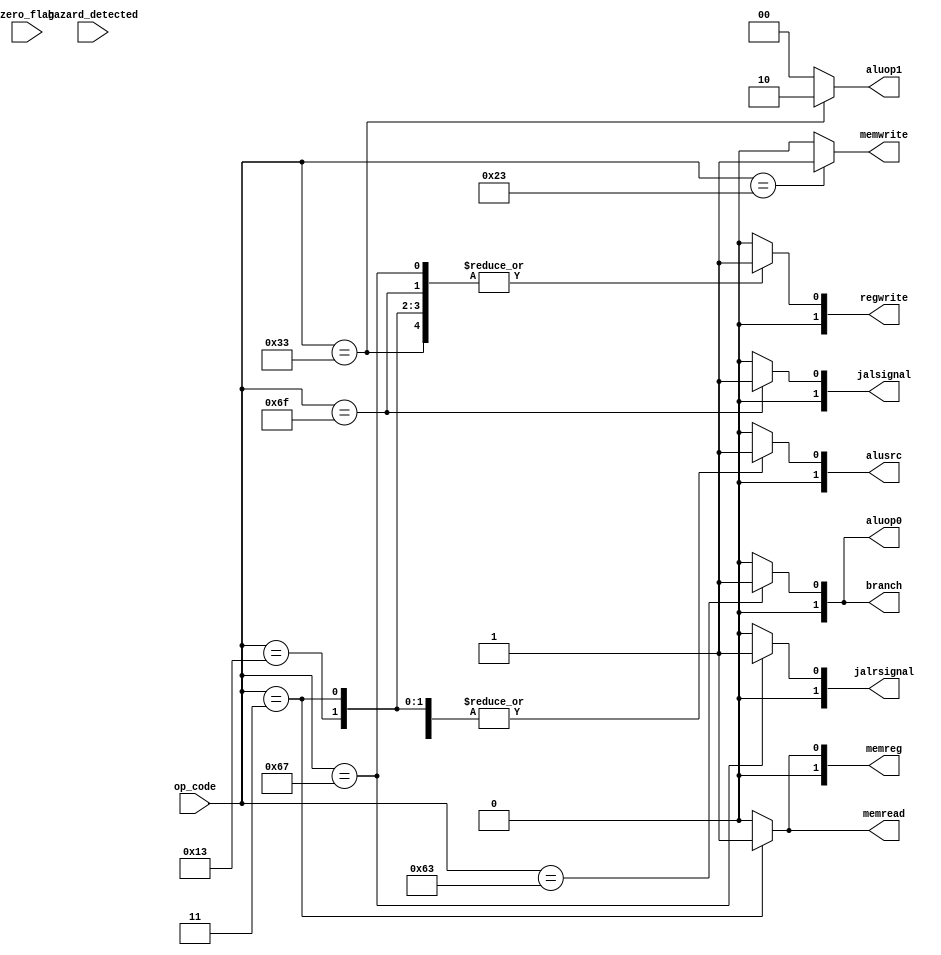
module control(

input [6:0] op_code, 
output reg [1:0] branch,
output reg  memread,
output reg [1:0] memreg,
output reg [1:0] aluop1,
output reg [1:0] aluop0,
output reg  memwrite,
output reg [1:0] alusrc,
output reg [1:0] regwrite,
output reg [1:0] jalsignal,
output reg [1:0] jalrsignal,
input hazard_detected,
input [1:0] zero_flag
);

always @(*) begin

//	if (jalsignal_out  == 1 | jalrsignal_out  == 1 | branch_out & zero_flag == 1) begin
	
//		branch = 2'b00;
//		memread = 2'b00;
//		memreg = 2'b00;
//		aluop1 = 2'b00;
//		aluop0 = 2'b00;
//		memwrite = 2'b00;
//		alusrc = 2'b00;
//		regwrite = 2'b00;
//		jalsignal = 2'b00;
////		jalrsignal = 2'b00;		
	
//	end else begin

	case (op_code) 
	
	7'b0110011: begin  //R-type
	
		branch = 2'b00;
		memread = 2'b00;
		memreg = 2'b00;
		aluop1 = 2'b10;
		aluop0 = 2'b00;
		memwrite = 2'b00;
		alusrc = 2'b00;
		regwrite = 2'b01;
		jalsignal = 2'b00;
		jalrsignal = 2'b00;
	
	
	end 
	
	7'b0010011: begin  //I-type

		branch = 2'b00;
		memread = 2'b00;
		memreg = 2'b00;
		aluop1 = 2'b00;
		aluop0 = 2'b00;
		memwrite = 2'b00;
		alusrc = 2'b01;
		regwrite = 2'b01;
		jalsignal = 2'b00;
		jalrsignal = 2'b00;
	
	end
	
	
	7'b0000011: begin //ld

		branch = 2'b00;
		memread = 2'b01;
		memreg = 2'b01;
		aluop1 = 2'b00;
		aluop0 = 2'b00;
		memwrite = 2'b00;
		alusrc = 2'b01;
		regwrite = 2'b01;	
		jalsignal = 2'b00;
		jalrsignal = 2'b00;
	
	end 
	
	7'b0100011: begin //sd
	
		branch = 2'b00;
		memread = 2'b00;
		memreg = 2'b00; //X
		aluop1 = 2'b00;
		aluop0 = 2'b00;
		memwrite = 2'b01;
		alusrc = 2'b01;
		regwrite = 2'b00;		
		jalsignal = 2'b00;
		jalrsignal = 2'b00;
	
	end 
	
	7'b1100011: begin //beq

		branch = 2'b01;
		memread = 2'b00;
		memreg = 2'b00;  //X
		aluop1 = 2'b00;
		aluop0 = 2'b01;
		memwrite = 2'b00;
		alusrc = 2'b00;
		regwrite = 2'b00;	
		jalsignal = 2'b00;
		jalrsignal = 2'b00;		
	
	end 
	
	7'b1101111: begin //JAL

		branch = 2'b00;
		memread = 2'b00;
		memreg = 2'b00;  //X
		aluop1 = 2'b00;
		aluop0 = 2'b00;
		memwrite = 2'b00;
		alusrc = 2'b00;
		regwrite = 2'b01;	
		jalsignal = 2'b01;
		jalrsignal = 2'b00;
	
	end 
	
	7'b1100111: begin //JALR

		branch = 2'b00;
		memread = 2'b00;
		memreg = 2'b00;  //X
		aluop1 = 2'b00;
		aluop0 = 2'b00;
		memwrite = 2'b00;
		alusrc = 2'b00;
		regwrite = 2'b01;	
		jalsignal = 2'b00;
		jalrsignal = 2'b01;
	
	end
	
	default: 	begin	
	
		branch = 2'b00;
		memread = 2'b00;
		memreg = 2'b00;  //X
		aluop1 = 2'b00;
		aluop0 = 2'b00;
		memwrite = 2'b00;
		alusrc = 2'b00;
		regwrite = 2'b00;	 
		jalsignal = 2'b00;
		jalrsignal = 2'b00;
		
		end
							  
	endcase
	
	
	//end
	
	
	end 


endmodule